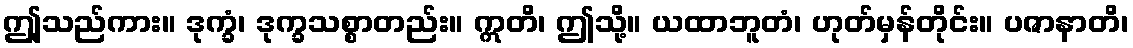
ဤူသည်ကား။ ဒုက္ခံ၊ ဒုက္ခသစ္စာတည်း။ ဣတိ၊ ဤသို့။ ယထာဘူတံ၊ ဟုတ်မှန်တိုင်း။ ပဇာနာတိ၊